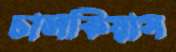
চালকিয়াস